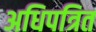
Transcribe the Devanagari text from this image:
अधिपत्रित